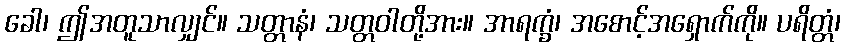
ခေါ၊ ဤအတူသာလျှင်။ သတ္တာနံ၊ သတ္တဝါတို့အား။ အာရက္ခံ၊ အစောင့်အရှောက်ကို။ ပရိတ္တံ၊